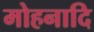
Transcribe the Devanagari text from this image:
मोहनादि